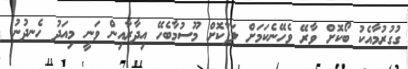
ގުގުރުމާއެކު ބޯކޮށް ވާރޭ ވެހޭނެކަމަށް ލަފާކޮށް މޫސުމާބެހޭ އިދާރާއިން ވަނީ މިއަދު ހެނދުނު